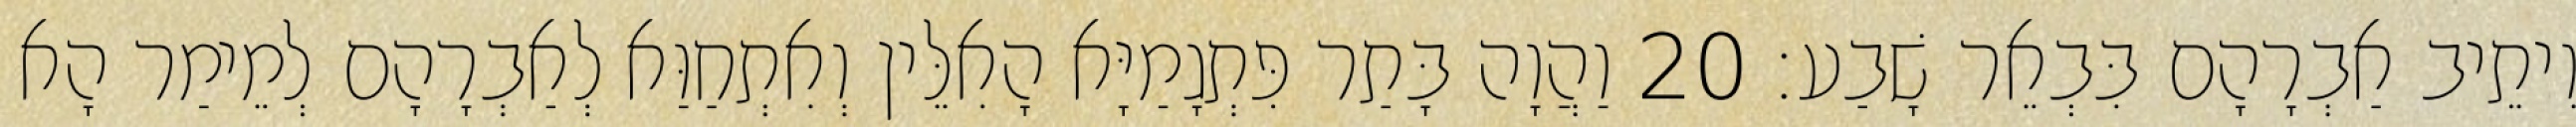
וִיתֵיב אַבְרָהָם בִּבְאֵר שָׁבַע׃ 20 וַהֲוָה בָּתַר פִּתְגָמַיָּא הָאִלֵּין וְאִתְחַוַּא לְאַבְרָהָם לְמֵימַר הָא